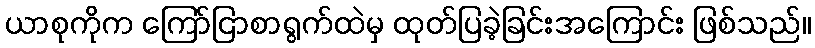
ယာစုကိုက ကြော်ငြာစာရွက်ထဲမှ ထုတ်ပြခဲ့ခြင်းအကြောင်း ဖြစ်သည်။